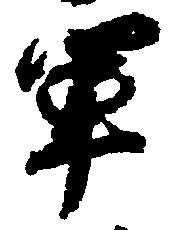
軍